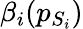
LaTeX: \beta_{i}(p_{S_{i}})